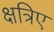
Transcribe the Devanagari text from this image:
क्षत्रिए